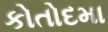
કોતોદમા